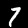
Digit: 7